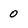
Character: 0